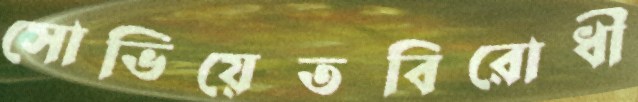
সোভিয়েতবিরোধী